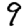
Digit: 9